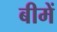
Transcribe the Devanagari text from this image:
बीमें